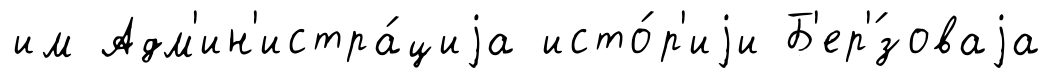
им Адм'ин'истра́циjа исто́р'иjи Б'ер'́зоваjа